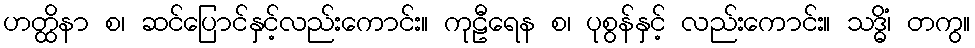
ဟတ္ထိနာ စ၊ ဆင်ပြောင်နှင့်လည်းကောင်း။ ကုဠီရေန စ၊ ပုစွန်နှင့် လည်းကောင်း။ သဒ္ဓိံ၊ တကွ။